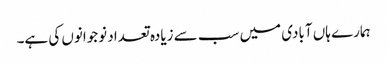
ہمارے ہاں آبادی میں سب سے زیادہ تعداد نوجوانوں کی ہے۔